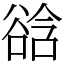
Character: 谽